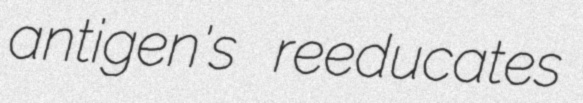
antigen's reeducates